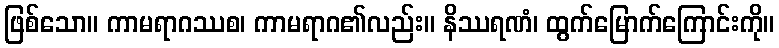
ဖြစ်သော။ ကာမရာဂဿစ၊ ကာမရာဂ၏လည်း။ နိဿရဏံ၊ ထွက်မြောက်ကြောင်းကို။